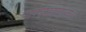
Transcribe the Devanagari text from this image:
पाण्याखालोखाल